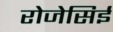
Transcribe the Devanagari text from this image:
रोजेसिई